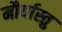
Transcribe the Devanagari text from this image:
मौर्यास्तु